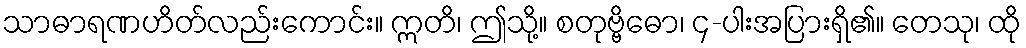
သာဓာရဏဟိတ်လည်းကောင်း။ ဣတိ၊ ဤသို့။ စတုဗ္ဗိဓော၊ ၄-ပါးအပြားရှိ၏။ တေသု၊ ထို